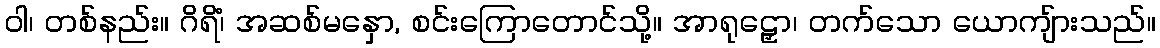
ဝါ၊ တစ်နည်း။ ဂိရိံ၊ အဆစ်မနှော, စင်းကြောတောင်သို့။ အာရုဠှော၊ တက်သော ယောကျ်ားသည်။